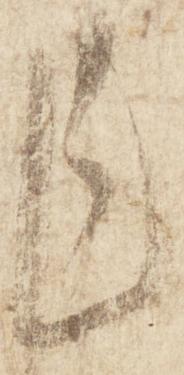
乍